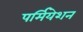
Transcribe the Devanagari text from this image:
पर्मियेशन